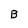
Character: B